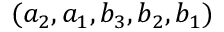
( a _ { 2 } , a _ { 1 } , b _ { 3 } , b _ { 2 } , b _ { 1 } )